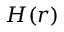
H ( r )